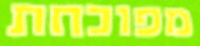
מפוכחת